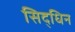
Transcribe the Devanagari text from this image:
सिद्धिन